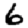
Digit: 6